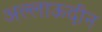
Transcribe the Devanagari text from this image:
अल्लाऊदीन